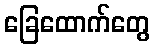
ခြေထောက်တွေ